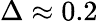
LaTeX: \Delta\approx 0.2